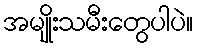
အမျိုးသမီးတွေပါပဲ။